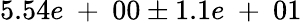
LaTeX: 5.54e\mathrm{~+~}00\pm 1.1e\mathrm{~+~}01